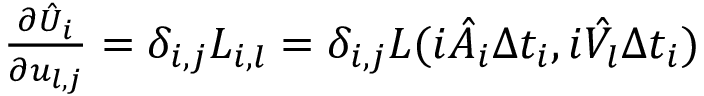
\begin{array} { r } { \frac { \partial \hat { U } _ { i } } { \partial { u } _ { l , j } } = \delta _ { i , j } L _ { i , l } = \delta _ { i , j } L ( i \hat { A } _ { i } \Delta t _ { i } , i \hat { V _ { l } } \Delta t _ { i } ) } \end{array}